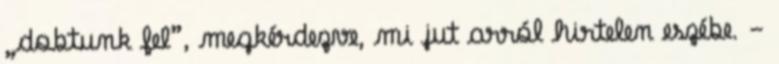
„dobtunk fel”, megkérdezve, mi jut arról hirtelen eszébe. -